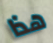
هذا